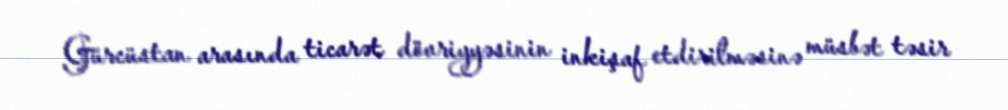
Gürcüstan arasında ticarət dövriyyəsinin inkişaf etdirilməsinə müsbət təsir